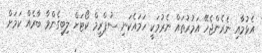
އެޅުމާއި ނެރެންޖެހޭ އަމުރުތައް ނެރުމަކީ ހަމައެކަނި ސުޕްރީމް ކޯޓަށް ލިބިގެންވާ ބާރެއް ކަމަށް